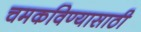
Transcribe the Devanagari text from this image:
चमकविण्यासाठी